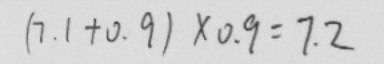
( 7 . 1 + 0 . 9 ) \times 0 . 9 = 7 . 2